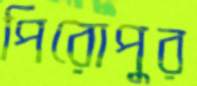
পিরোপুর